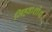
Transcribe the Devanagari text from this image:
जिह्वाशोथ